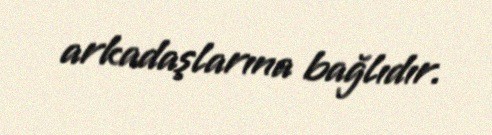
arkadaşlarına bağlıdır.